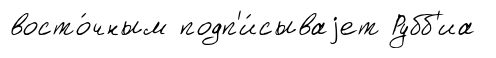
восто́чным подп'и́сываjет Рубб'иа